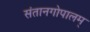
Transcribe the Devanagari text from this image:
संतानगोपालम्